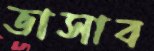
ভাসাব